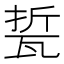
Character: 𱰌